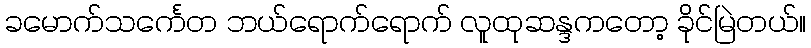
ခမောက်သင်္ကေတ ဘယ်ရောက်ရောက် လူထုဆန္ဒကတော့ ခိုင်မြဲတယ်။